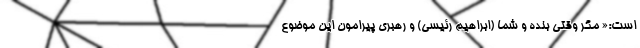
است:« مگر وقتی بنده و شما (ابراهیم رئیسی) و رهبری پیرامون این موضوع